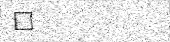
٦